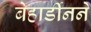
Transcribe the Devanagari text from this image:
बेहार्डीनने